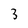
Character: 3